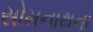
સોમનાથના